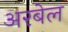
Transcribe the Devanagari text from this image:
अरबेल